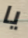
يا